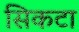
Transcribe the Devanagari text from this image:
सिकटा